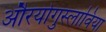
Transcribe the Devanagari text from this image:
औरयोगुस्लाविया